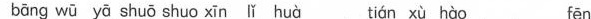
bāng wū yā shuō shuo xīn li huà tián xù hào fēn